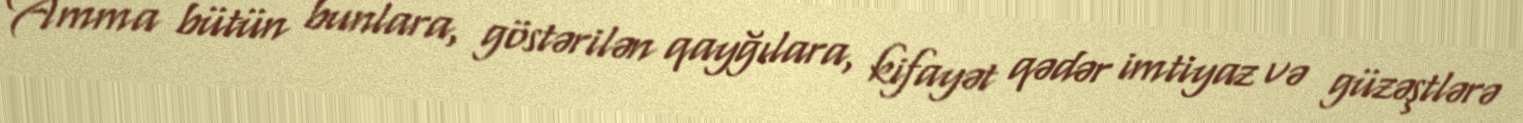
Amma bütün bunlara, göstərilən qayğılara, kifayət qədər imtiyaz və güzəştlərə